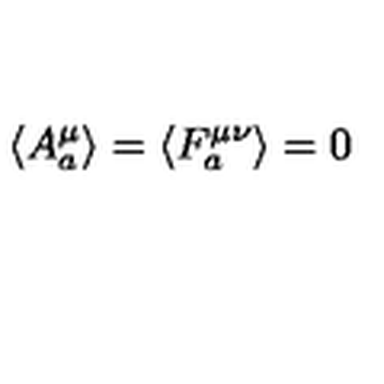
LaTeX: \left\langle A _ { a } ^ { \mu } \right\rangle = \left\langle F _ { a } ^ { \mu \nu } \right\rangle = 0